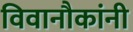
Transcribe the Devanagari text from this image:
विवानौकांनी